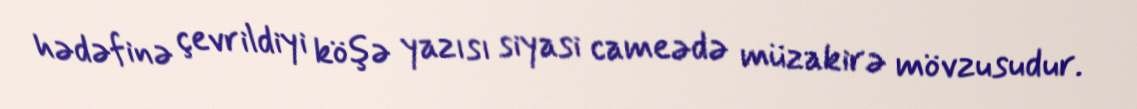
hədəfinə çevrildiyi köşə yazısı siyasi cameədə müzakirə mövzusudur.